King Institute of Preventive Medicine Bacteriolog. Section reports 1907-08
Year: 1907
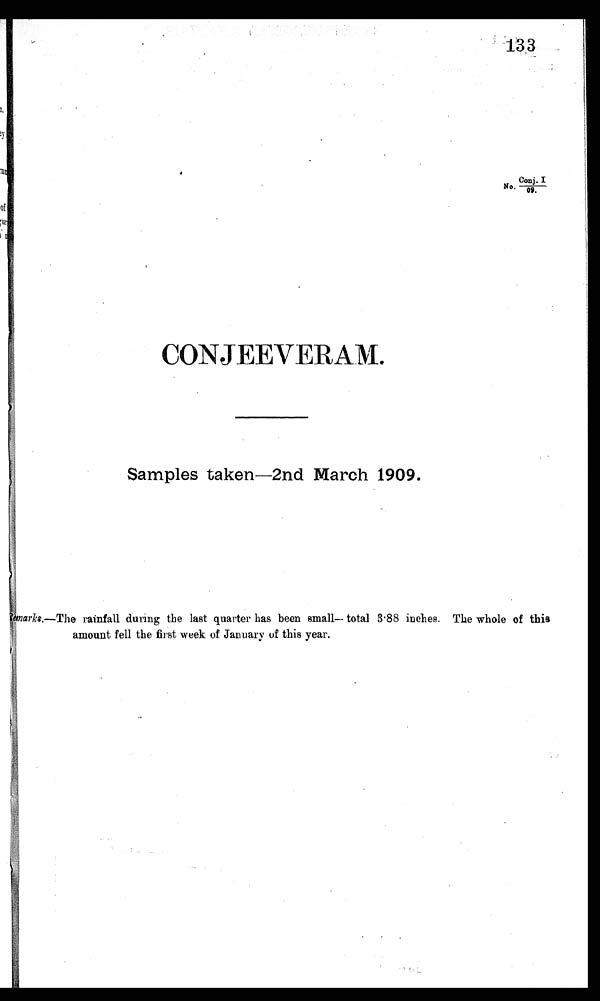
133
Conj. I
No. 09.
CONJEEVERAM.
Samples taken-2nd March 1909.
Remarks,—The rainfall during the last quarter has been small-- total 3 .88 inches. The whole of this
:
amount
fell the first 'week of January of this year.
I